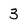
Character: 3